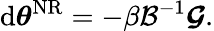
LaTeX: \mathrm{d}{\boldsymbol{\theta}}^{\mathrm{{NR}}}=-\beta\mathcal{{B}}^{-1}\boldsymbol{\mathcal{{G}}}.